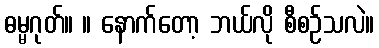
ဓမ္မဂုတ်။ ။ နောက်တော့ ဘယ်လို စီစဉ်သလဲ။